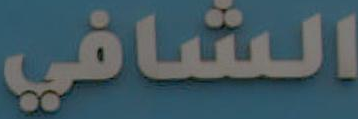
الشافي